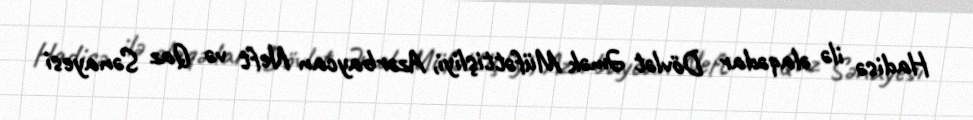
Hadisə ilə əlaqədar Dövlət Əmək Müfəttişliyi, Azərbaycan Neft və Qaz Sənayesi